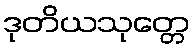
ဒုတိယသုတ္တေ